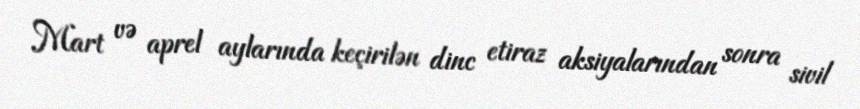
Mart və aprel aylarında keçirilən dinc etiraz aksiyalarından sonra sivil